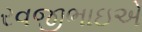
રવજીભાઇએ